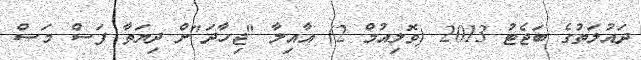
ދައުލަތުގެ ބަޖެޓު 2013 (ވޮލިއުމް 2) އާއިލާ "ޖިހާދަ"ށް ދިޔަތާ ފަސް މަސް